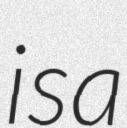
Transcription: is a